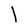
Character: l